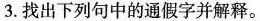
3.找出下列句中的通假字并解释。